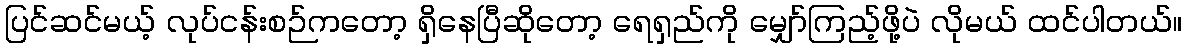
ပြင်ဆင်မယ့် လုပ်ငန်းစဉ်ကတော့ ရှိနေပြီဆိုတော့ ရေရှည်ကို မျှော်ကြည့်ဖို့ပဲ လိုမယ် ထင်ပါတယ်။